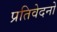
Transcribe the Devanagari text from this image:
प्रतिवेदनो